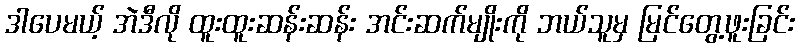
ဒါပေမယ့် အဲဒီလို ထူးထူးဆန်းဆန်း အင်းဆက်မျိုးကို ဘယ်သူမှ မြင်တွေ့ဖူးခြင်း